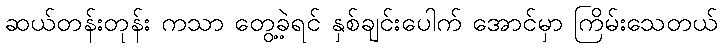
ဆယ်တန်းတုန်း ကသာ တွေ့ခဲ့ရင် နှစ်ချင်းပေါက် အောင်မှာ ကြိမ်းသေတယ်